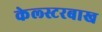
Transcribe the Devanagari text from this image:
केल्स्टरबाख